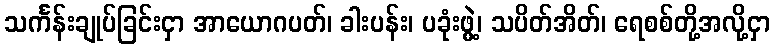
သင်္ကန်းချုပ်ခြင်းငှာ အာယောဂပတ်၊ ခါးပန်း၊ ပခုံးဖွဲ့၊ သပိတ်အိတ်၊ ရေစစ်တို့အလို့ငှာ